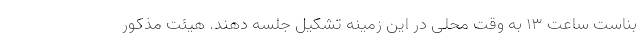
بناست ساعت ۱۳ به وقت محلی در این زمینه تشکیل جلسه دهند. هیئت مذکور